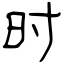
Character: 时